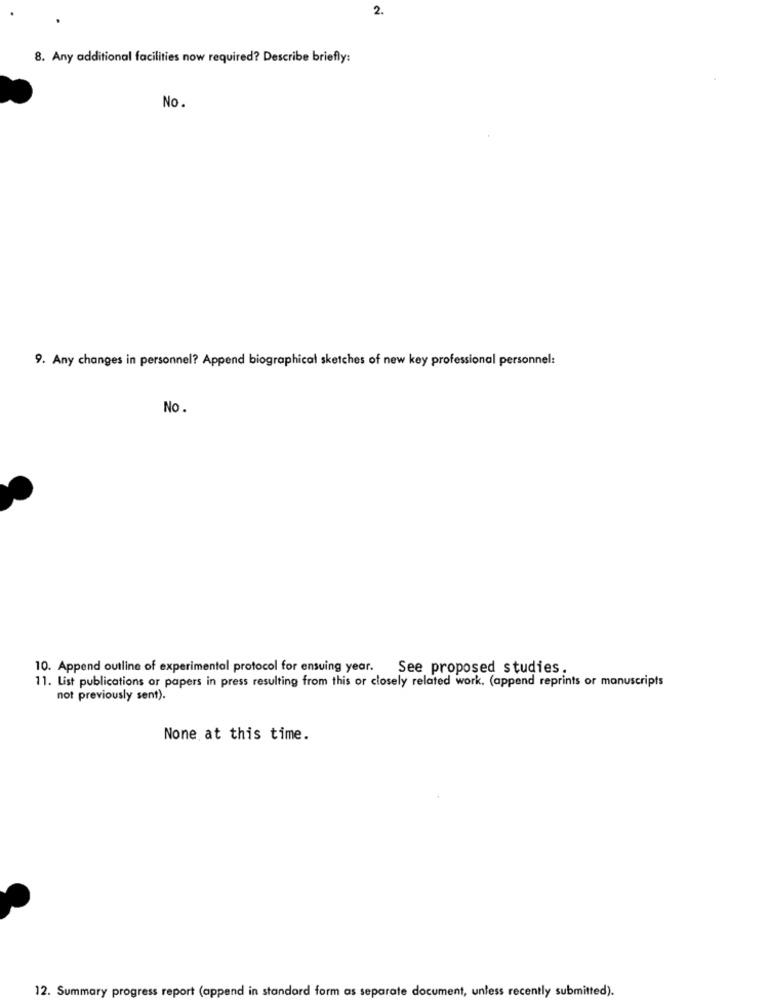
2.
8. Any additional facilities now required? Describe briefly:
No.
9. Any changes in personnel? Append biographical sketches of new key professional personnel:
No.
10. Append outline of experimental protocol for ensuing year. See proposed studies.
11. List publications or papers in press resulting from this or closely related work. (append reprints or manuscripts
not previously sent).
None at this time.
12. Summary progress report (append in standard form as separate document, unless recently submitted).